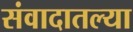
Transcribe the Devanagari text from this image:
संवादातल्या